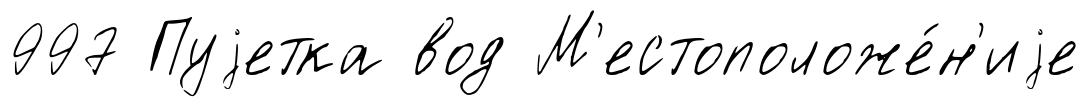
997 Пуjетка вод М'естоположе́н'иjе